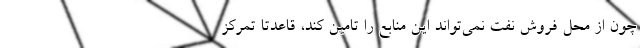
چون از محل فروش نفت نمی‌تواند این منابع را تامین کند، قاعدتا تمرکز